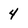
Character: 4